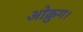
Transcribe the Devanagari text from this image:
ओक्रुग।